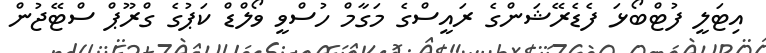
އިޓަލީ ފުޓްބޯޅަ ފެޑެރޭޝަންގެ ރައީސްގެ މަގާމް ހުސްވީ ވޯލްޑް ކަޕުގެ ގްރޫޕް ސްޓޭޖުން